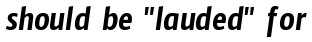
should be "lauded" for